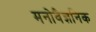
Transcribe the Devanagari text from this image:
मनोवैज्ञनिक